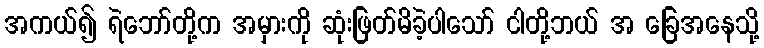
အကယ်၍ ရဲဘော်တို့က အမှားကို ဆုံးဖြတ်မိခဲ့ပါသော် ငါတို့ဘယ် အ ခြေအနေသို့